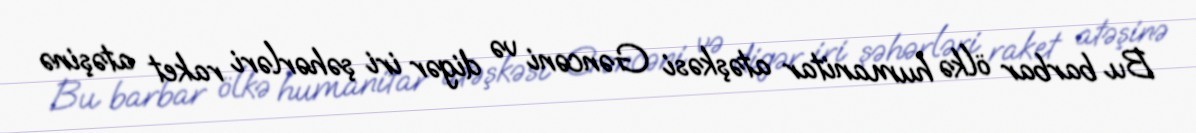
Bu barbar ölkə humanitar atəşkəsi Gəncəni və digər iri şəhərləri raket atəşinə